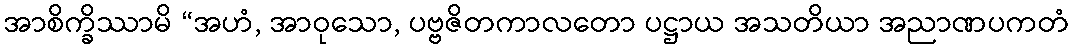
အာစိက္ခိဿာမိ “အဟံ, အာဝုသော, ပဗ္ဗဇိတကာလတော ပဋ္ဌာယ အသတိယာ အညာဏပကတံ